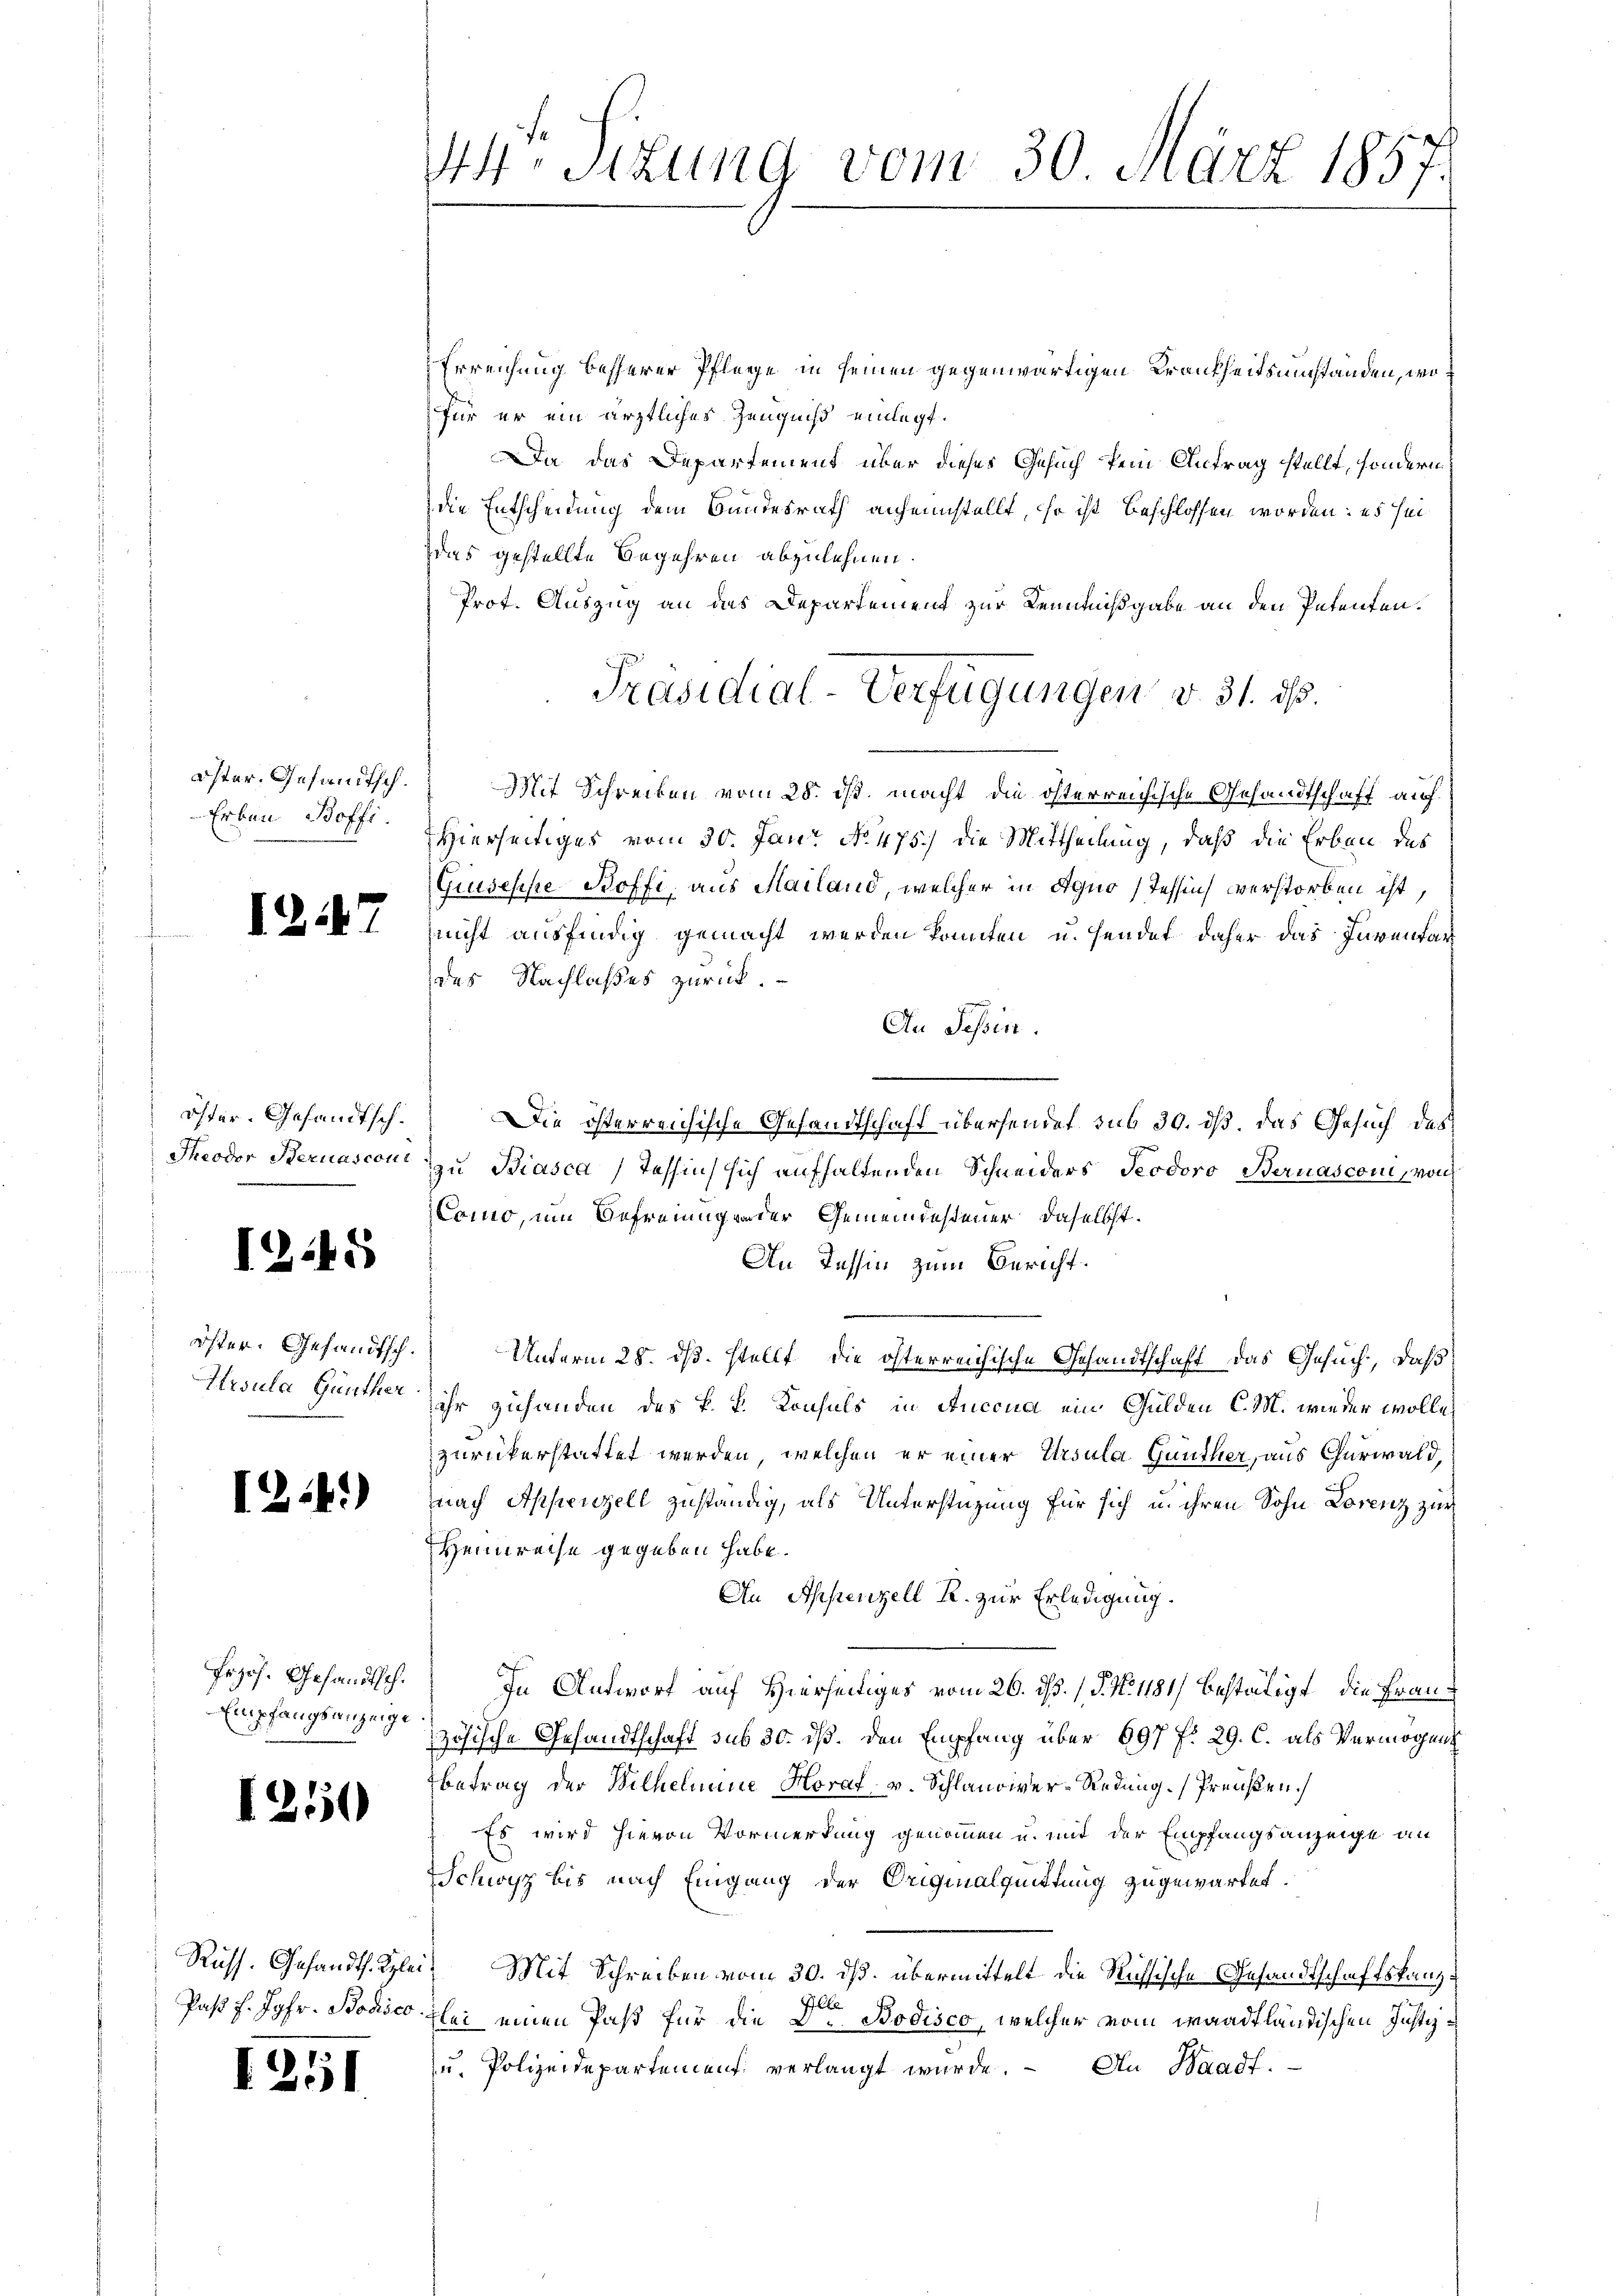
öster, Gesandtsch.
Erben Boffi

1247

öster. Gesandtsch¬
Theodor Sternasconi

1245

f
öster. Gesandtsch.
Ursula Günther

1241)

Erzös. Gesandtsch.
Empfangsanzeige

1250

1251

44° Sizung vom 30. März 1857.

Erreichung besserer Pflege in seinen gegenwärtigen Krankheitsumständen, wofür er ein ärztliches Zeugniß einlegt.
Da das Departement über dieses Gesuch kein Antrag stellt, sondern
die Entscheidung dem Bundesrath anheimstellt, so ist beschlossen worden: es sei
das gestellte Begehren abzulehnen.
Prot. Auszug an das Departement zur Kenntnißgabe an den Petenten.
Mit Schreiben vom 28. ds. macht die österreichische Gesandtschaft auf
Hierseitiges vom 30. Janr. No. 475.) die Mittheilung, daß die Erben des
Giuseppe Boffi, aus Mailand, welcher in Agno (Tessin verstorben ist,
nicht ausfindig gemacht werden könnten u. sendet daher das Inventar
des Nachlaßes zurück.
An Tessin.
.
Die österreichische Gesandtschaft übersendet sub 30. dß. das Gesuch des
zzu Biasca Tessin sich aufhaltenden Schneiders Teodoro Bernasconi, von
Como, um Befreiungender Gemeindesteuer, daselbst.
An Tessin zum Bericht.
Unterm 28. ds. stellt, die österreichische Gesandtschaft das Gesuch, daß
ihr zuhanden des k. k. Konsuls in Anccua ein Gulden C. M. wieder wolle,
zurückerstattet werden, welchen er einer Ursula Günther, aus Churwald,
nach Appenzell zuständig, als Unterstüzung für sich u. ihren Sohn Lorenz zur
Hennweise gegeben habe.
An Appenzell R. zur Erledigung.
In Antwort auf Hierseitiges vom 26. ds. (T. N. 1181) bestätigt, die Frauzösische Gesandtschaft sub 30. dß. Den Empfang über 697 f. 29. C. als Vermögens
Betrag der Wilhelmine Horaf v. Schlaudiver-Redung. Preußen.
Es wird hievon Vormerkung genommen u. mit der Empfangsanzeige an
Schwyz bis nach Eingang der Originalquittung zugewartet.
Russ. Gesandts. Klei- Mit Schreiben vom 30. ds. übermittelt die Russische Gesandtschaftskanz¬
Paßt f. Jahr. Bodisco zlei einen Past für die Dr Bodisco, welcher vom waadtländischen Justiz¬
u. Polizeidepartement verlangt wurde. - An Waadt.

Präsidial-Verfügungen v. 31. ds.